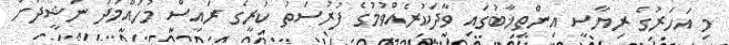
މި އަހަރުގެ ރިޔާސީ އިންތިޚާބުގައި ވާދަކުރެއްވުމުގެ ފުރުސަތު ކުރީގެ ރައީސް މުހައްމަދު ނަޝީދަށް